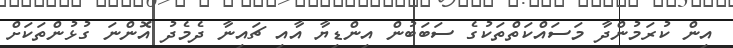
އިން ކުރަމުންދާ މަސައްކަތްތަކުގެ ސަބަބުން އިންޑިޔާ އާއި ޗައިނާ ދެމެދު އޮންނަ ގުޅުންތަކަށް